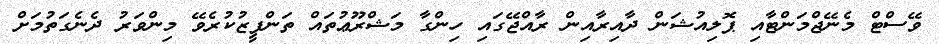
ވޭސްޓް މެނޭޖްމަންޓާއި ޕޮލިއުޝަން ދާއިރާއިން ރާއްޖޭގައި ހިންގާ މަޝްރޫޢުތައް ތަންފީޒުކުރެވޭ މިންވަރު ދެނެގަތުމަށް